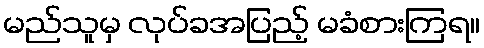
မည်သူမှ လုပ်ခအပြည့် မခံစားကြရ။